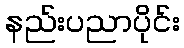
နည်းပညာပိုင်း